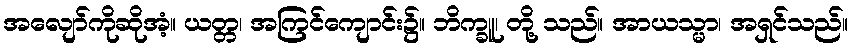
အလျော်ကိုဆိုအံ့။ ယတ္တ၊ အကြင်ကျောင်း၌။ ဘိက္ခူ၊ တို့ သည်။ အာယသ္မာ၊ အရှင်သည်။